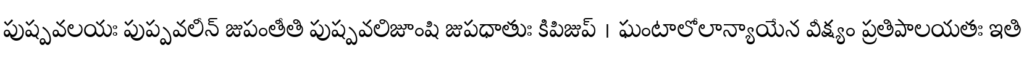
పుష్పవలయః పుప్పవలీన్ జుపంతీతి పుష్పవలిజూంషి జుపధాతుః కిపిజుప్ । ఘంటాలోలాన్యాయేన వీక్ష్యం ప్రతిపాలయతః ఇతి